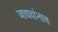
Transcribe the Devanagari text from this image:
जाधवांनाच